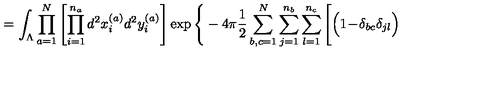
= \int _ { \Lambda } \prod _ { a = 1 } ^ { N } \left[ \prod _ { i = 1 } ^ { n _ { a } } d ^ { 2 } x _ { i } ^ { ( a ) } d ^ { 2 } y _ { i } ^ { ( a ) } \right] \exp \Bigg \{ - 4 \pi \frac { 1 } { 2 } \sum _ { b , c = 1 } ^ { N } \sum _ { j = 1 } ^ { n _ { b } } \sum _ { l = 1 } ^ { n _ { c } } \Bigg [ \Big ( 1 \! - \! \delta _ { b c } \delta _ { j l } \Big )